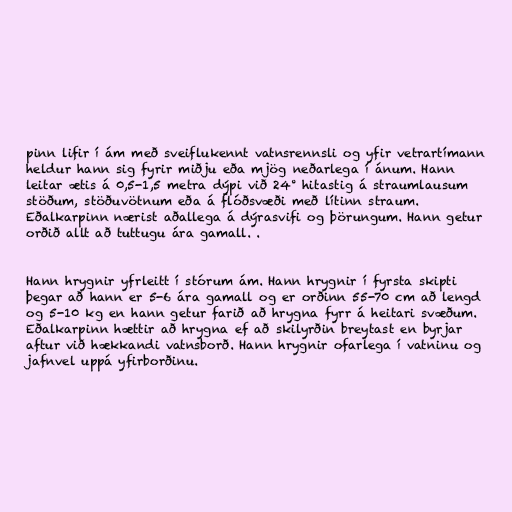
pinn lifir í ám með sveiflukennt vatnsrennsli og yfir vetrartímann
heldur hann sig fyrir miðju eða mjög neðarlega í ánum. Hann
leitar ætis á 0,5-1,5 metra dýpi við 24° hitastig á straumlausum
stöðum, stöðuvötnum eða á flóðsvæði með lítinn straum.
Eðalkarpinn nærist aðallega á dýrasvifi og þörungum. Hann getur
orðið allt að tuttugu ára gamall. .

Hann hrygnir yfrleitt í stórum ám. Hann hrygnir í fyrsta skipti
þegar að hann er 5-6 ára gamall og er orðinn 55-70 cm að lengd
og 5-10 kg en hann getur farið að hrygna fyrr á heitari svæðum.
Eðalkarpinn hættir að hrygna ef að skilyrðin breytast en byrjar
aftur við hækkandi vatnsborð. Hann hrygnir ofarlega í vatninu og
jafnvel uppá yfirborðinu.